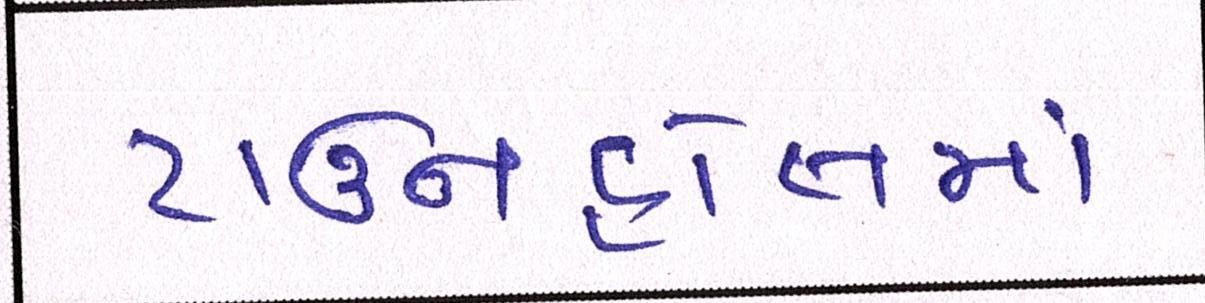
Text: ટાઉનહોલમાં